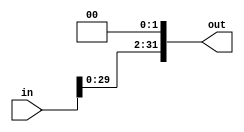
`timescale 1ns / 1ps

module ShiftLeft2(in, out);

    input [31:0] in;

    output reg [31:0] out;

    /* Please fill in the implementation here... */
    always @(in) begin
        out <= in << 2;
    end
    
endmodule